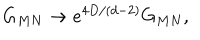
G _ { M N } \to e ^ { 4 D / ( d - 2 ) } G _ { M N } ,